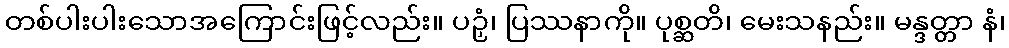
တစ်ပါးပါးသောအကြောင်းဖြင့်လည်း။ ပဉှံ၊ ပြဿနာကို။ ပုစ္ဆတိ၊ မေးသနည်း။ မန္ဒတ္တာ နံ၊